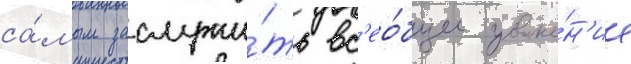
са́мым заслужи́ть вс'ео́бщее уваже́н'ие